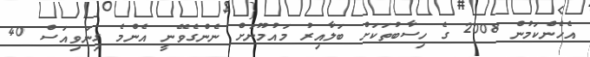
އެހެންކަމުން 2008 ގެ ހިސާބުތަކަށް ބަލާއިރު މައުމޫނަށް ނެންގެވޭނީ އެންމެ ގިނަވިއަސް 40